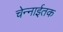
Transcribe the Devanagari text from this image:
चेन्नाईतक